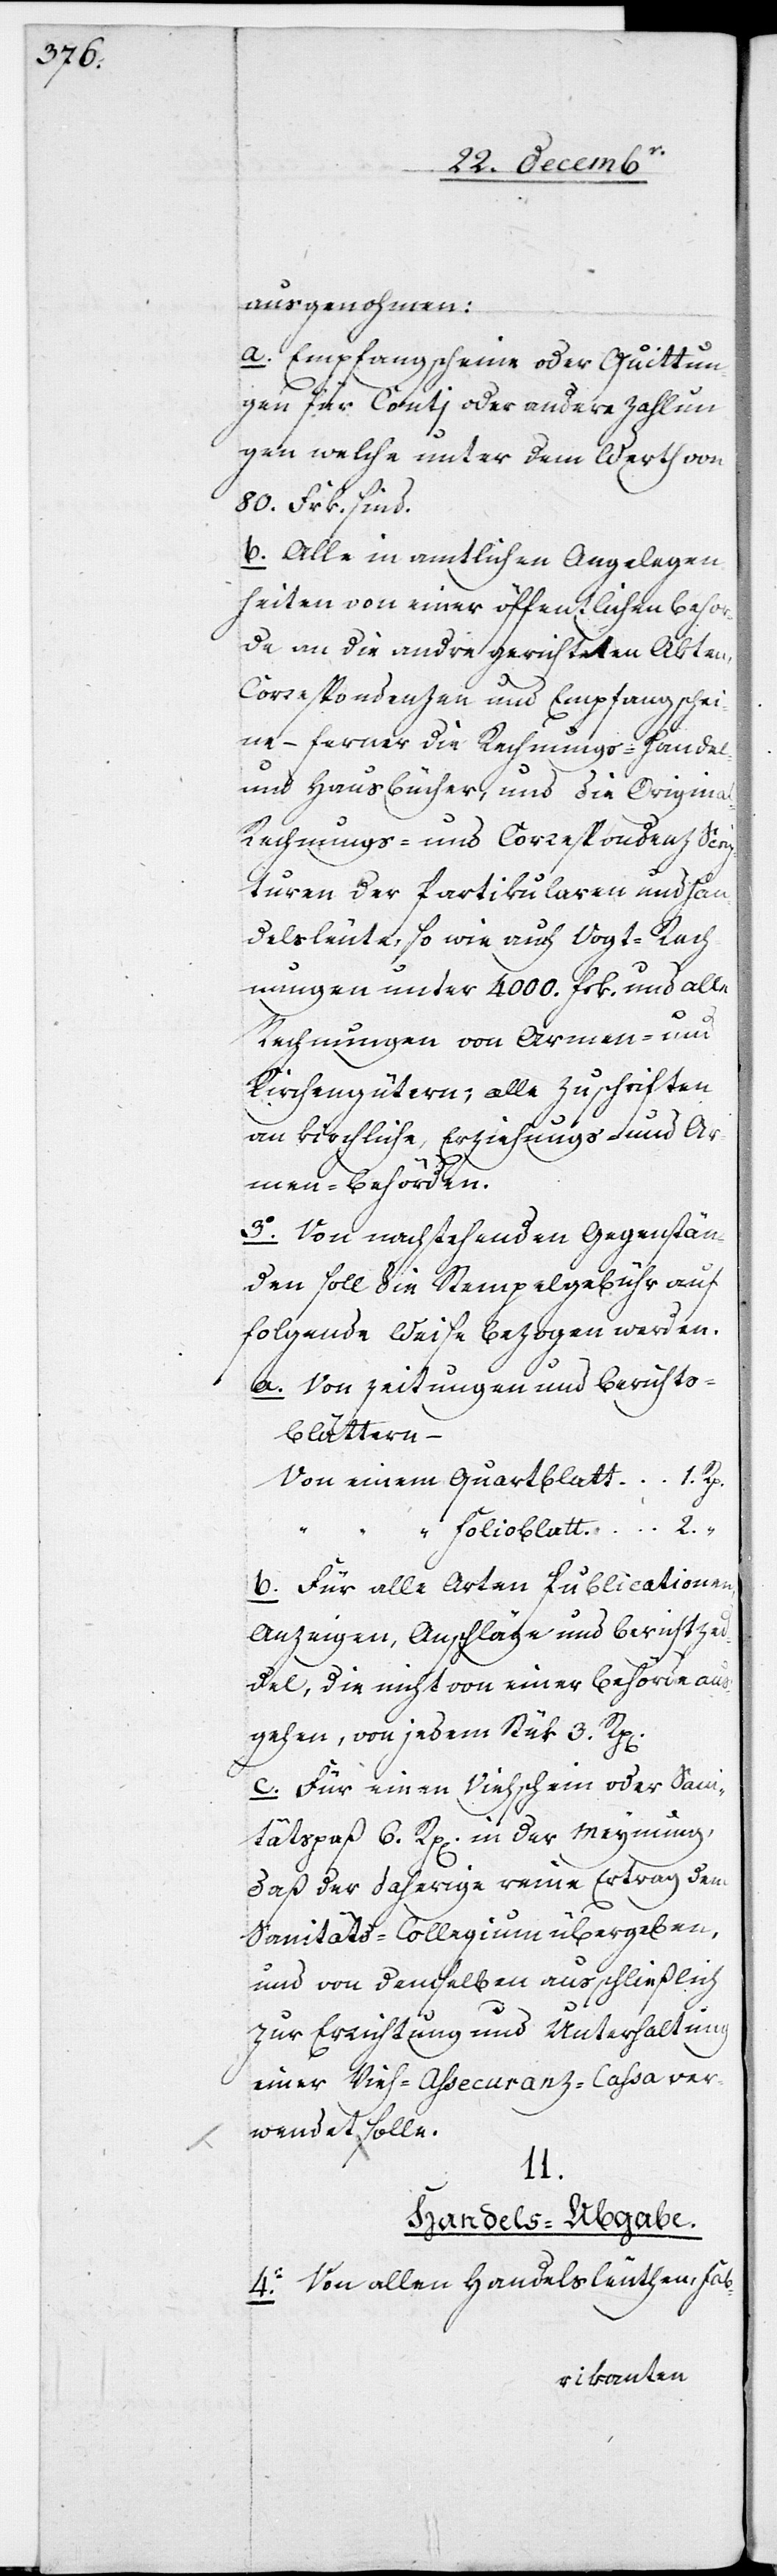
ausgenohmen:
a. Empfangsscheine oder Quittun¬
der
gen für Conti oder andere Zahlun¬
gen welche unter dem Werth von
80. Frk. sind.
b. Alle in amtlichen Angelegen¬
heiten von einer öffentlichen Behör¬
de an die andre gerichteten Akten,
Correspondenzen und Empfangsschei¬
ne – ferner die Rechnungs-[,] Handels-
und Hausbücher, und die Origina¬
l-Rechnungs- und Correspondenz[-]Scrip¬
turen der Partikularen und Han¬
delsleute, so wie auch Vogt-Rech¬
nungen unter 4000. Frk. und alle
Rechnungen von Armen- und
Kirchengütern; alle Zuschriften
an kirchliche, Erziehungs- und Ar¬
men-Behörden.
3. Von nachstehenden Gegenstän¬
den soll die Stempelgebühr auf
folgende Weise bezogen werden.
a. Von Zeitungen und Berichts¬
blättern ‒
b. Für alle Arten Publicationen,
Anzeigen, Anschläge und Berichzed¬
del, die nicht von einer Behörde aus¬
gehen, von jedem Stük 3. Rappen.
c. Für einen Viehschein oder Sanitä¬
daß der daherige reine Ertrag dem
Sanitäts-Collegium übergeben,
und von demselben ausschließlich
zur Errichtung und Unterhaltung
einer Vieh-Assecuranz-Cassa ver¬
wendet werden
II.
Handels-Abgabe.
4. Von allen Handelsleuthen, Fab-